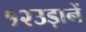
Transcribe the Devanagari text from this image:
१२उड़ानें